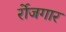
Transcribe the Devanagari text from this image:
र्रोजगार